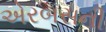
એરબસની